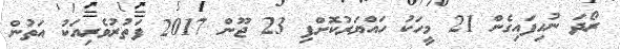
ރޯދަ ނުހިފައިގެން 21 މީހަކު ހައްޔަރުކޮށްފި 23 ޖޫން 2017 ފަތުރުވެރިއަކު އަތުން